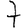
Digit: 7